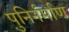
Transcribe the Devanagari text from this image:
पुनिर्नर्माण